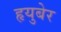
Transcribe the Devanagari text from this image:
हृयुबेर